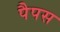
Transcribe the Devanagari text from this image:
पैपस